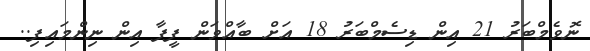
ނޮވެމްބަރު 21 އިން ޑިސެމްބަރު 18 އަށް ބާއްވަން ފީފާ އިން ނިންމައިފި..